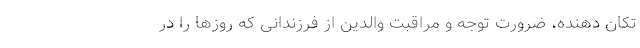
تکان دهنده، ضرورت توجه و مراقبت والدین از فرزندانی که روزها را در